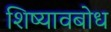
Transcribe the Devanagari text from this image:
शिष्यावबोध